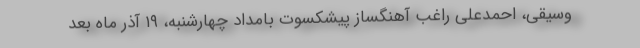
وسیقی، احمدعلی راغب آهنگساز پیشکسوت بامداد چهارشنبه، ۱۹ آذر ماه بعد